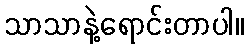
သာသာနဲ့ရောင်းတာပါ။